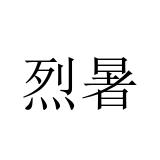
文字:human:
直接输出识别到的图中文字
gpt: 烈暑